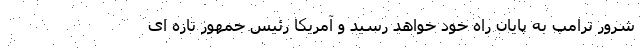
شرور ترامپ به پایان راه خود خواهد رسید و آمریکا رئیس جمهور تازه ای